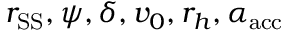
r _ { \mathrm { S S } } , \psi , \delta , v _ { 0 } , r _ { h } , \alpha _ { \mathrm { a c c } }